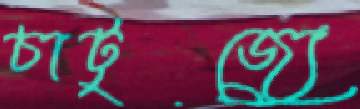
চাটুজ্যে